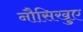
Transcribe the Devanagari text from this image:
नौसिखुए